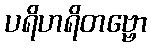
ပရိဟရိတဗ္ဗော